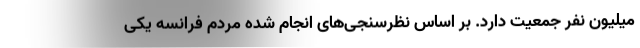
میلیون نفر جمعیت دارد. بر اساس نظرسنجی‌های انجام شده مردم فرانسه یکی